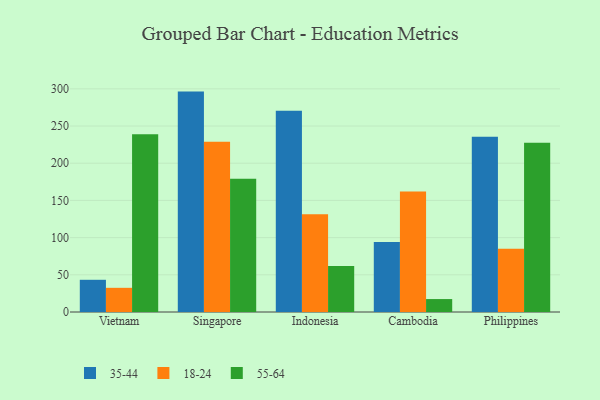
{"axis": {"x": "Country", "y": "Conversion Rate (%)"}, "legend": ["18-24", "35-44", "55-64"], "data": [{"x": "Vietnam", "y": 43.3, "type": "35-44"}, {"x": "Vietnam", "y": 32.5, "type": "18-24"}, {"x": "Vietnam", "y": 239.0, "type": "55-64"}, {"x": "Singapore", "y": 296.3, "type": "35-44"}, {"x": "Singapore", "y": 228.9, "type": "18-24"}, {"x": "Singapore", "y": 179.1, "type": "55-64"}, {"x": "Indonesia", "y": 270.6, "type": "35-44"}, {"x": "Indonesia", "y": 131.4, "type": "18-24"}, {"x": "Indonesia", "y": 62.0, "type": "55-64"}, {"x": "Cambodia", "y": 94.1, "type": "35-44"}, {"x": "Cambodia", "y": 162.1, "type": "18-24"}, {"x": "Cambodia", "y": 17.4, "type": "55-64"}, {"x": "Philippines", "y": 235.5, "type": "35-44"}, {"x": "Philippines", "y": 85.1, "type": "18-24"}, {"x": "Philippines", "y": 227.7, "type": "55-64"}]}